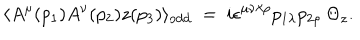
\langle A ^ { \mu } ( p _ { 1 } ) A ^ { \nu } ( p _ { 2 } ) z ( p _ { 3 } ) \rangle _ { \mathrm { o d d } } ~ = ~ i \epsilon ^ { \mu \nu \lambda \rho } p _ { 1 \lambda } p _ { 2 \rho } \: \Theta _ { z } .